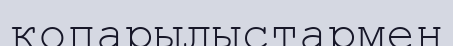
қопарылыстармен